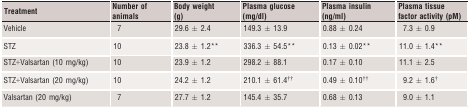
<table><thead><tr><td><b>Treatment</b></td><td><b>Number of animals</b></td><td><b>Body weight (g)</b></td><td><b>Plasma glucose (mg/dl)</b></td><td><b>Plasma insulin (ng/ml)</b></td><td><b>Plasma tissue factor activity (pM)</b></td></tr></thead><tbody><tr><td>Vehicle</td><td>7</td><td>29.6 ± 2.4</td><td>149.3 ± 13.9</td><td>0.88 ± 0.24</td><td>7.3 ± 0.9</td></tr><tr><td>STZ</td><td>10</td><td>23.8 ± 1.2**</td><td>336.3 ± 54.5**</td><td>0.13 ± 0.02**</td><td>11.0 ± 1.4**</td></tr><tr><td>STZ+Valsartan (10 mg/kg)</td><td>10</td><td>23.9 ± 1.2</td><td>298.2 ± 88.1</td><td>0.17 ± 0.10</td><td>11.1 ± 2.5</td></tr><tr><td>STZ+Valsartan (20 mg/kg)</td><td>10</td><td>24.2 ± 1.2</td><td>210.1 ± 61.4††</td><td>0.49 ± 0.10††</td><td>9.2 ± 1.6†</td></tr><tr><td>Valsartan (20 mg/kg)</td><td>7</td><td>27.7 ± 1.2</td><td>145.4 ± 35.7</td><td>0.68 ± 0.13</td><td>9.0 ± 1.1</td></tr></tbody></table>